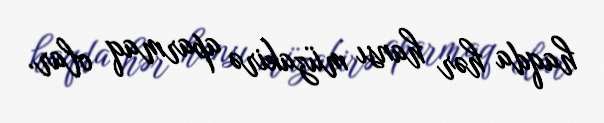
haqda hər hansı müzakirə aparmaq olar.